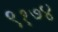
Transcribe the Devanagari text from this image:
९१७४